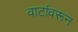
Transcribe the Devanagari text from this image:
वाटांवरून